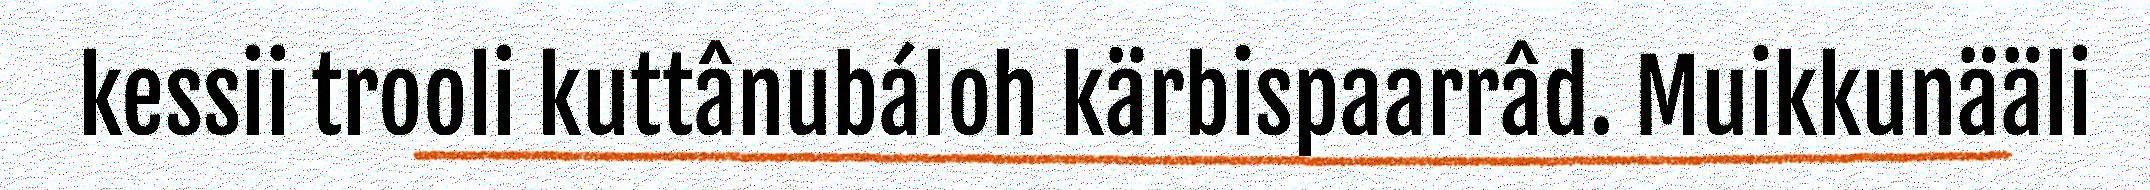
kessii trooli kuttânubáloh kärbispaarrâd. Muikkunääli